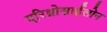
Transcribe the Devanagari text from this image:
एरिथ्रोसाईलोन